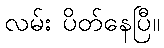
လမ်း ပိတ်နေပြီ။